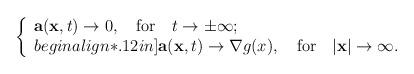
LaTeX: \begin{align*}\left\{\begin{array}{l}{\bf a}({\bf x},t)\rightarrow 0, ~~~\mbox{for}~~~ t\rightarrow\pm \infty;\\begin{align*}.12in]{\bf a}({\bf x},t)\rightarrow {\bf \nabla}g(x), ~~~\mbox{for}~~~|{\bf x}|\rightarrow \infty.\end{array}\right.\end{align*}